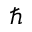
\hbar